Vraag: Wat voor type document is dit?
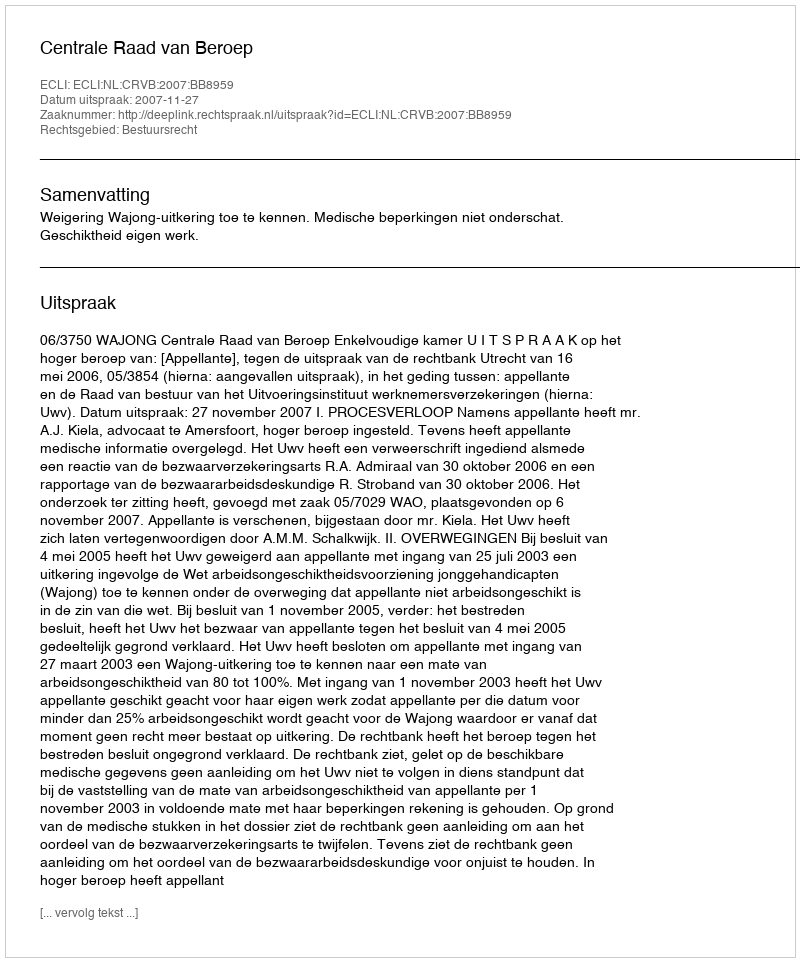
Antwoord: Uitspraak